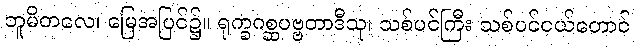
ဘူမိတလေ၊ မြေအပြင်၌။ ရုက္ခဂစ္ဆပဗ္ဗတာဒီသု၊ သစ်ပင်ကြီး သစ်ပင်ငယ်တောင်